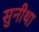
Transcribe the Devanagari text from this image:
सुनीथा